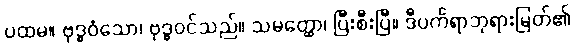
ပထမ။ ဗုဒ္ဓဝံသော၊ ဗုဒ္ဓဝင်သည်။ သမတ္ထော၊ ပြီးစီးပြီ။ ဒီပင်္ကရာဘုရားမြတ်၏